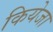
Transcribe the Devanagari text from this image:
कियेजा